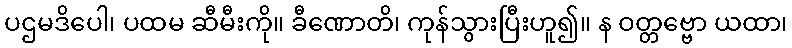
ပဌမဒိပေါ၊ ပထမ ဆီမီးကို။ ခီဏောတိ၊ ကုန်သွားပြီးဟူ၍။ န ဝတ္တဗ္ဗော ယထာ၊